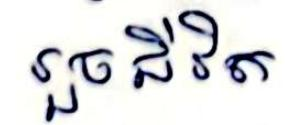
រួចជីវិត